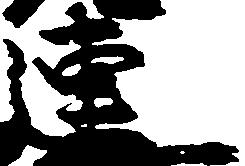
連